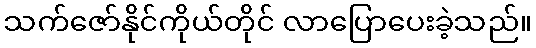
သက်ဇော်နိုင်ကိုယ်တိုင် လာပြောပေးခဲ့သည်။